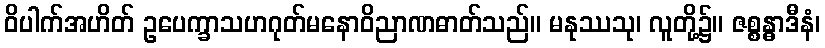
ဝိပါက်အဟိတ် ဥပေက္ခာသဟဂုတ်မနောဝိညာဏဓာတ်သည်။ မနုဿသု၊ လူတို့၌။ ဇစ္စန္ဓာဒီနံ၊